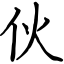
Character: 伙